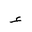
Letter: _hamza